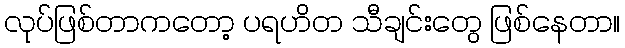
လုပ်ဖြစ်တာကတော့ ပရဟိတ သီချင်းတွေ ဖြစ်နေတာ။